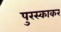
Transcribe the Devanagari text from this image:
पुरस्काकर